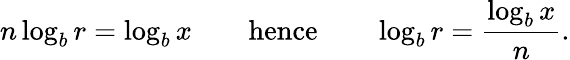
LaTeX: n\log_{b}r=\log_{b}x\quad\quad{\mathrm{hence}}\quad\quad\log_{b}r={\frac{\log_{b}x}{n}}.